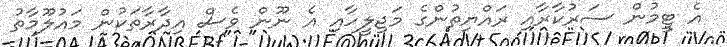
އެ ޓީމުން ސަރުކާރާއި ރައްޔިތުންގެ މަޖިލީހާއި އެ ނޫން ވެސް އިދާރާތަކުން މައުލޫމާތު